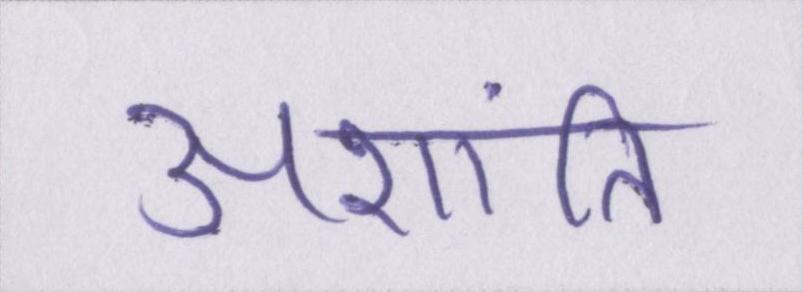
अशांति